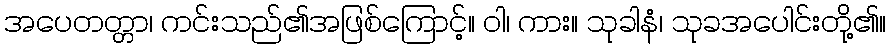
အပေတတ္တာ၊ ကင်းသည်၏အဖြစ်ကြောင့်။ ဝါ၊ ကား။ သုခါနံ၊ သုခအပေါင်းတို့၏။